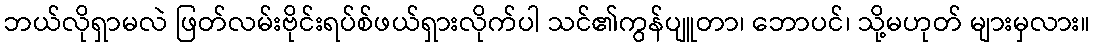
ဘယ်လိုရှာမလဲ ဖြတ်လမ်းဗိုင်းရပ်စ်ဖယ်ရှားလိုက်ပါ သင်၏ကွန်ပျူတာ၊ ဘောပင်၊ သို့မဟုတ် များမှလား။